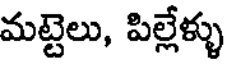
మట్టెలు, పిల్లేళ్ళు